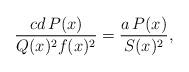
LaTeX: \begin{align*}\frac{cd\,P(x)}{Q(x)^2f(x)^2}=\frac{a\,P(x)}{S(x)^2},\end{align*}